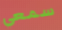
سمعي